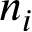
n _ { i }